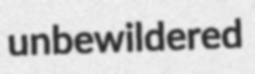
unbewildered